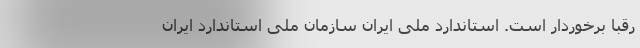
رقبا برخوردار است. استاندارد ملی ایران سازمان ملی استاندارد ایران